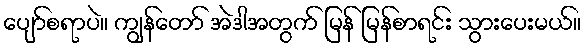
ပျော်စရာပဲ။ ကျွန်တော် အဲဒါအတွက် မြန် မြန်စာရင်း သွားပေးမယ်။